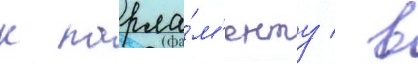
к парла́м'енту / в